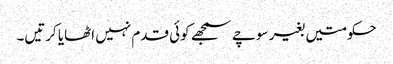
حکومتیں بغیر سوچے سمجھے کوئی قدم نہیں اٹھایا کرتیں۔